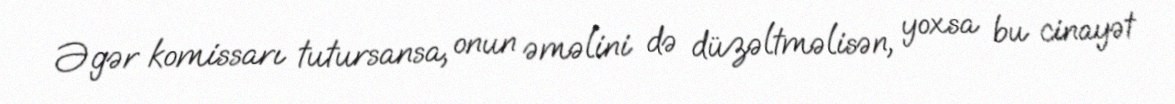
Əgər komissarı tutursansa, onun əməlini də düzəltməlisən, yoxsa bu cinayət